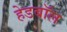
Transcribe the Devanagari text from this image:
हेडबॉल